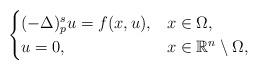
LaTeX: \begin{align*}\begin{cases}(-\Delta)^s_p u=f(x,u), & x\in \Omega,\\u=0, & x\in \mathbb{R}^n\setminus\Omega,\end{cases}\end{align*}